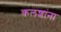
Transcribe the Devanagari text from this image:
कलशांना